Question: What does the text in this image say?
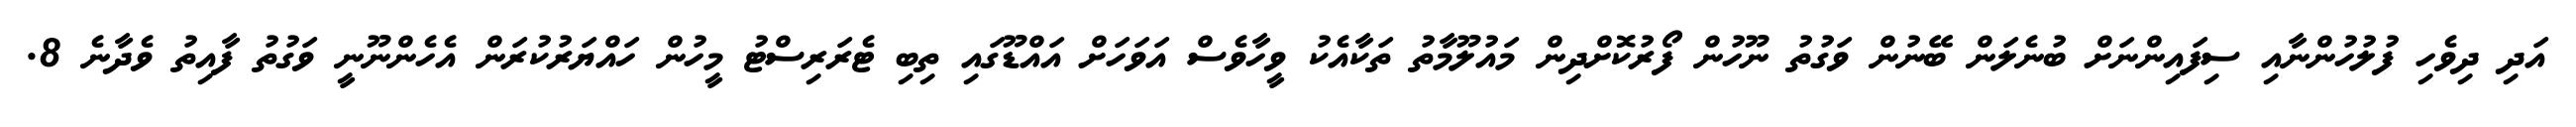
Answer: އަދި ދިވެހި ފުލުހުންނާއި ސިފައިންނަށް ބުނެލަން ބޭނުން ވަގުތު ނޫހުން ފޯރުކޮށްދިން މައުލޫމާތު ތަކާއެކު ވީހާވެސް އަވަހަށް އައްޑޫގައި ތިބި ޓެރަރިސްޓު މީހުން ހައްޔަރުކުރަން އެހެންނޫނީ ވަގުތު ފާއިތު ވެދާނެ 8.